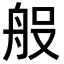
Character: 𮎆